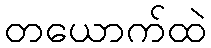
တယောက်ထဲ